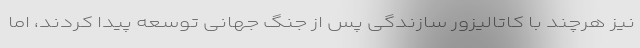
نیز هرچند با کاتالیزور سازندگی پس از جنگ جهانی توسعه پیدا کردند، اما